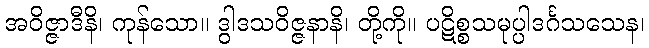
အဝိဇ္ဇာဒီနိ၊ ကုန်သော။ ဒွါဒသဝိဇ္ဇနာနိ၊ တို့ကို။ ပဋိစ္စသမုပ္ပါဒင်္ဂသသေန၊